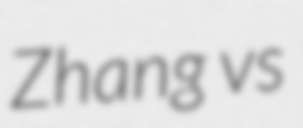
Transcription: Zhang vs